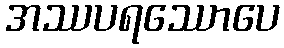
အဿပရဿောပေ